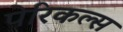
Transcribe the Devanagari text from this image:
पेरिकल्स